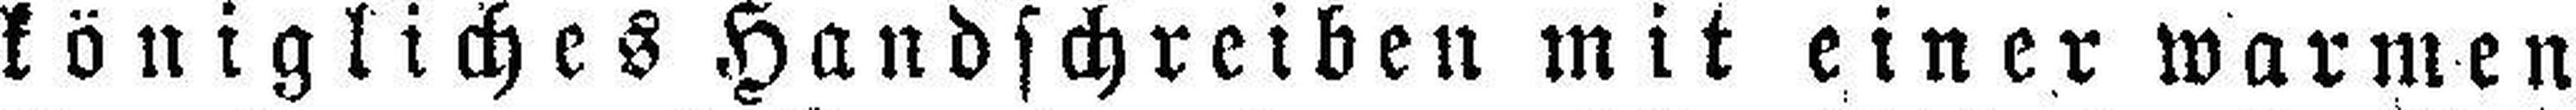
königliches Handschreiben mit einer warmen